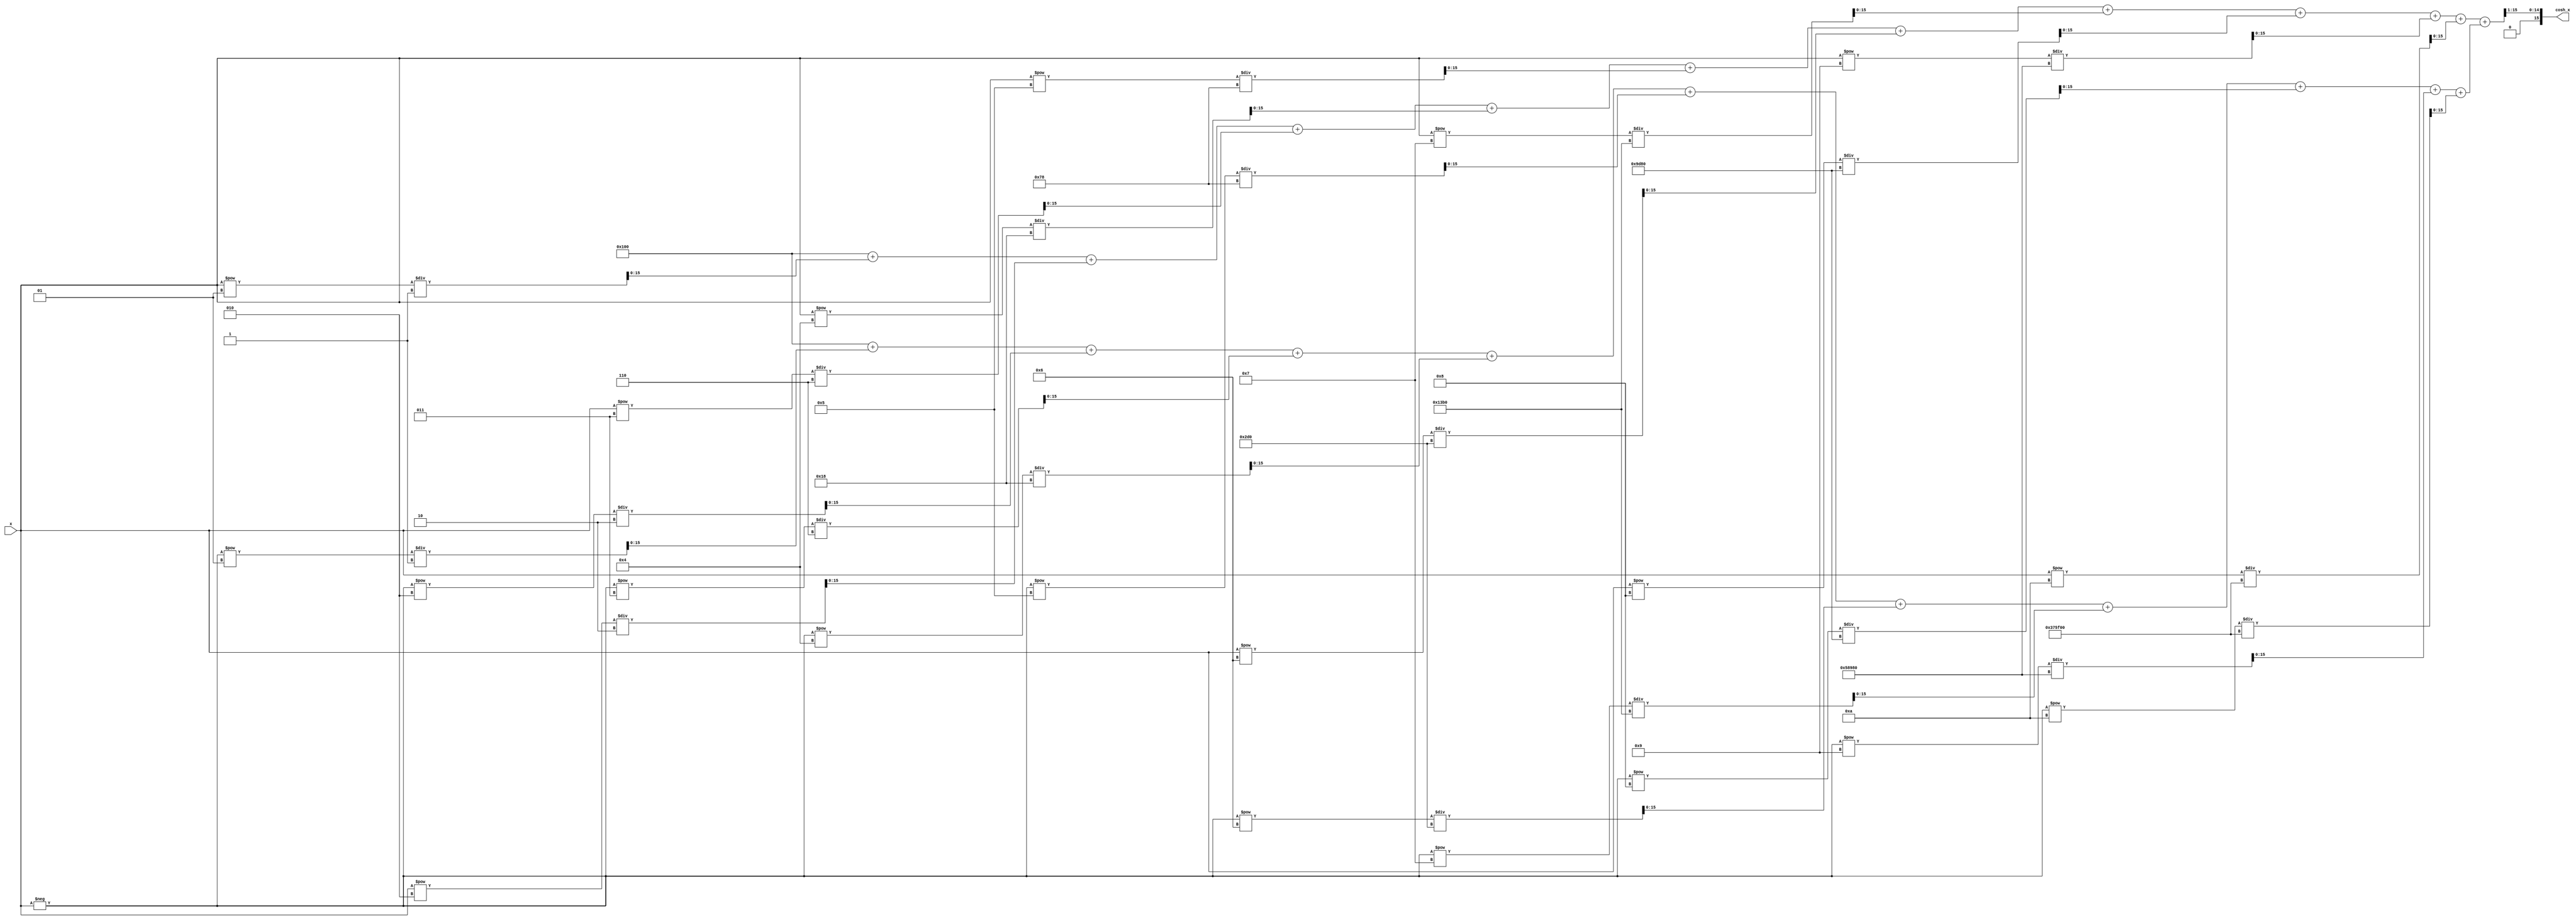
module hyperbolic_cosh (
    input wire [15:0] x,            // Input: Fixed-point representation of x
    output reg [15:0] cosh_x        // Output: Fixed-point representation of cosh(x)
);
    // Parameters for fixed-point representation
    parameter FRACTIONAL_BITS = 8;
    parameter INTEGER_BITS = 8;
    
    // Internal wires for exponentiation results
    wire [15:0] exp_x;              // e^x
    wire [15:0] exp_neg_x;          // e^-x
    wire [15:0] sum_exp;            // e^x + e^-x

    // Exponentiation (using Taylor series approximation for demonstration)
    function [15:0] exp;
        input [15:0] input_x;
        reg [31:0] result;
        integer i;
        begin
            result = 1 << FRACTIONAL_BITS; // e^0 = 1
            for (i = 1; i <= 10; i = i + 1) begin // First 10 terms of the Taylor series
                result = result + (input_x ** i) / factorial(i);
            end
            exp = result[15:0]; // Return lower 16 bits
        end
    endfunction

    // Factorial function for Taylor series
    function [31:0] factorial;
        input integer n;
        integer i;
        begin
            factorial = 1;
            for (i = 1; i <= n; i = i + 1) begin
                factorial = factorial * i;
            end
        end
    endfunction

    // Calculate e^x and e^-x
    assign exp_x = exp(x);
    assign exp_neg_x = exp(-x);

    // Add e^x and e^-x
    assign sum_exp = exp_x + exp_neg_x;

    // Divide by 2 to get cosh(x)
    always @(*) begin
        cosh_x = sum_exp >> 1; // Right shift to divide by 2
    end
endmodule